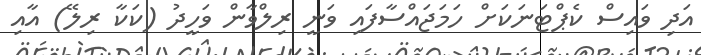
އަދި ވައިސް ކެޕްޓަނަކަށް ހަމަޖައްސާފައި ވަނީ ރިލްވާން ވަހީދު (ކަކާ ރިލޭ) އާއި